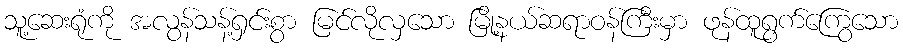
သူ့ဆေးရုံကို အလွန်သန့်ရှင်းစွာ မြင်လိုလှသော မြို့နယ်ဆရာဝန်ကြီးမှာ ဖုန်ထူရွက်ကြွေသော